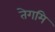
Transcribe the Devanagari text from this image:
तेगमि